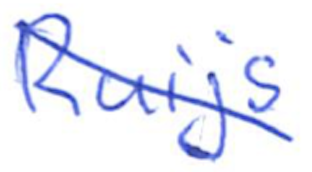
Text: Ruijs
Cross-out: mix
Writing tool: ballpoint